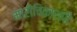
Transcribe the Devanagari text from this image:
मारीचिकाश्पौ